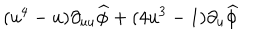
LaTeX: ( u ^ { 4 } - u ) \partial _ { u u } \widehat { \phi } + ( 4 u ^ { 3 } - 1 ) \partial _ { u } \widehat { \phi }